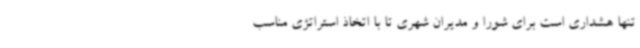
تنها هشداری است برای شورا و مدیران شهری تا با اتخاذ استراتژی مناسب